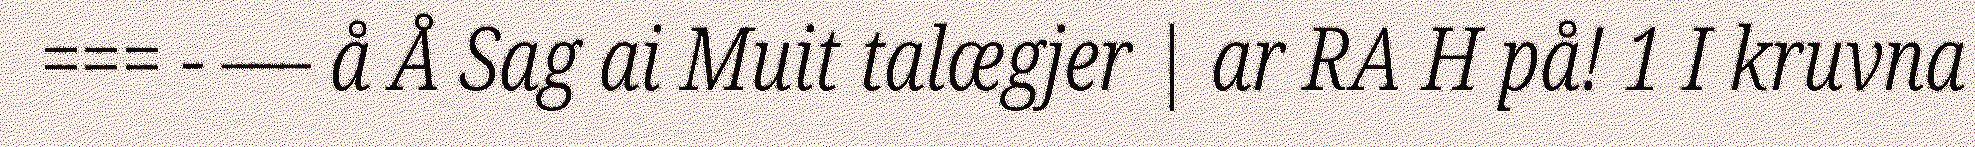
=== - –– å Å Sag ai Muit talægjer | ar RA H på! 1 I kruvna